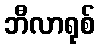
ဘီလာရုစ်